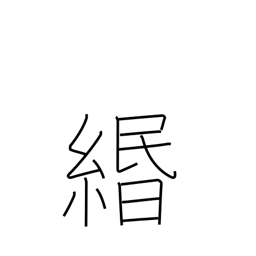
Meaning: paper string